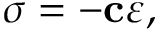
{ \boldsymbol { \sigma } } = - \mathbf { c } { \boldsymbol { \varepsilon } } ,